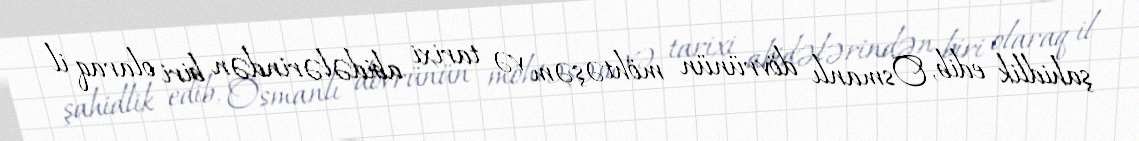
şahidlik edib, Osmanlı dövrünün möhtəşəm və tarixi abidələrindən biri olaraq il